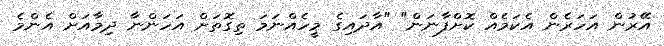
އޭރުން އަހަރެން އެކަމެއް ކޮށްފާނަން" "އާދައިގެ މީހެއްނަމަ ތިގޮތަށް އަހަންނާ ދިމާއަށް އެންމެ